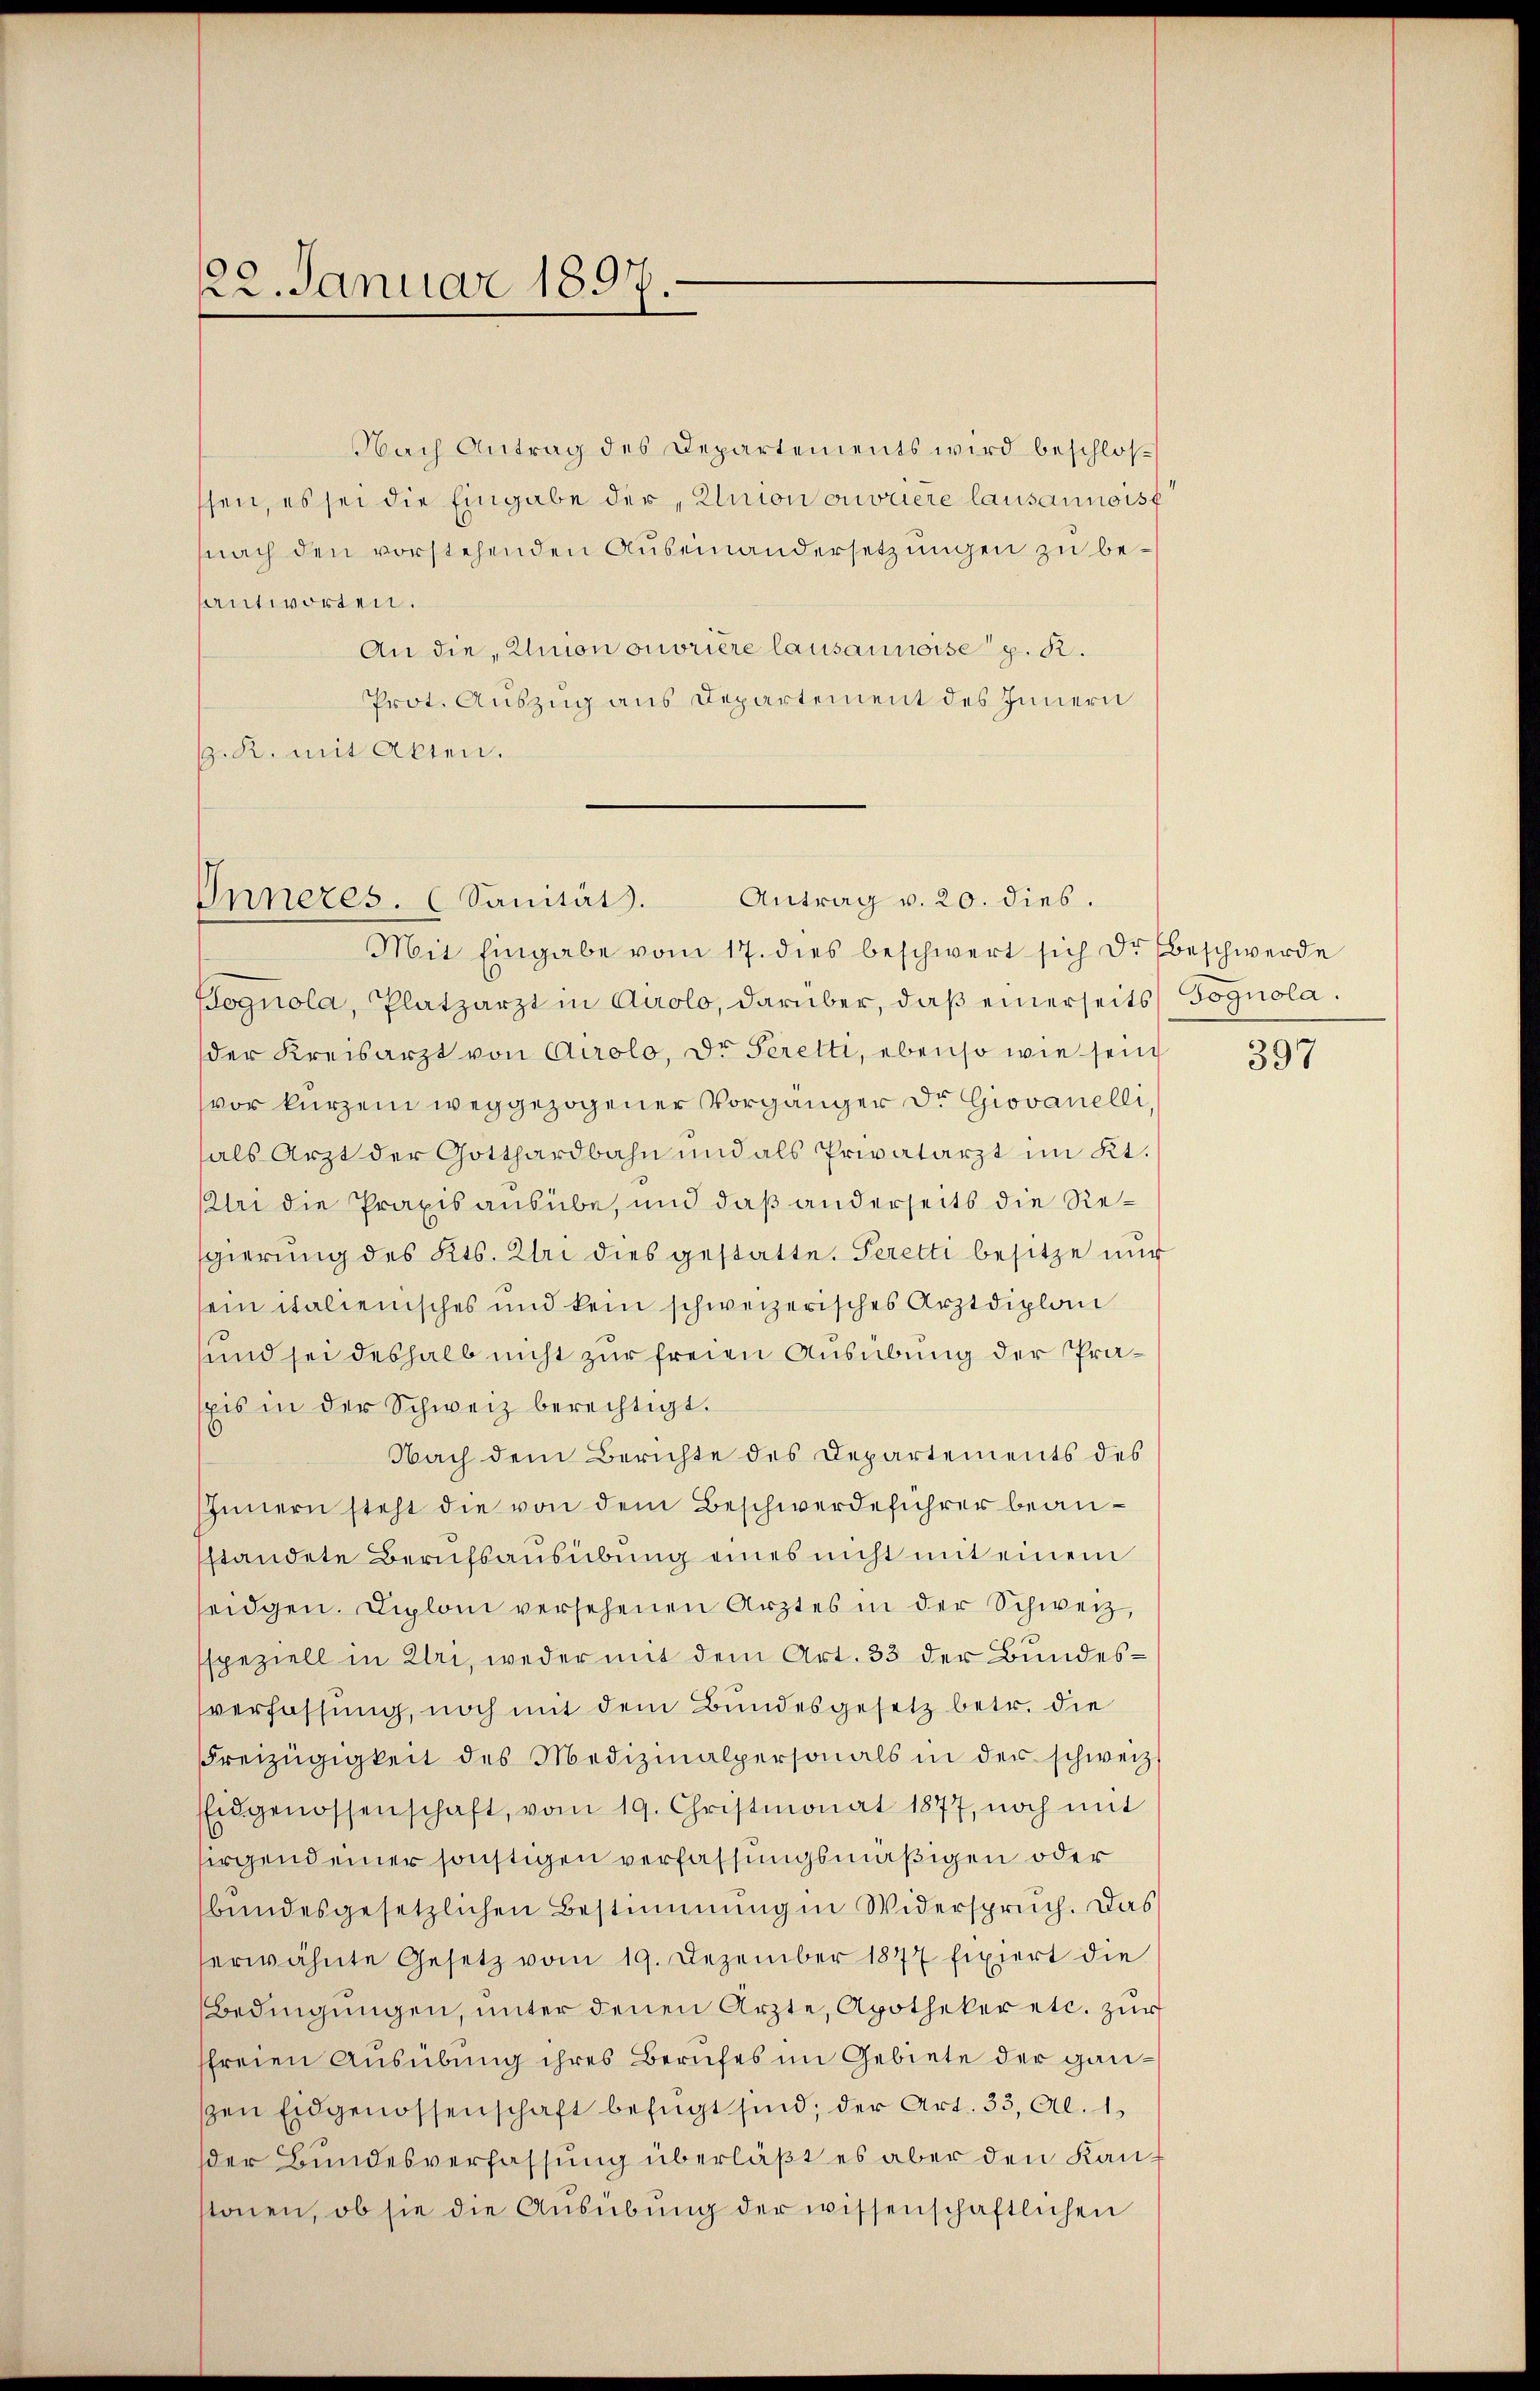
122. Januar 1897.

santworten.
An die Union ouvrière lausannoise p. K.
Prot. Auszug aus Departement des Innern
s. K. mit Akten.

Mit Eingabe vom 17. dies beschwert sich der beschwerde
Hognola, Platzarzt in Airolo, darüber, daß einerseits Fognola.
der Kreisarzt von Airolo, dr Seretti, ebenso wie sein
vor kurzem weggezogener Vorgänger Dr. Giovanelli,
als Arzt der Gotthardbahn und als Privatarzt im Kt.
Klei die Praxis ausübe, und daß anderseits die Regierung des Kts. Klei dies gestatte. Peretti besitze nur
sein italienisches und kein schweizerisches Arztdiplan
und sei deshalb nicht zur freien Ausübung der Präpis in der Schweiz berechtigt.
Nach dem Berichte des Departements des
Innern steht die von dem Beschwerdeführer beansstandete Berufsausübung eines nicht mit einem
seidgen. Diplomi versehenen Ärztes in der Schweiz,
sspeziell in Uri, weder mit dem Art. 33 der Bundesverfassung, noch mit dem Bundesgesetz betr. die
Freizügigkeit des Medizinalpersonals in der schweiz.
Eidgenossenschaft, vom 19. Christmonat 1877, noch mit
irgend einer sonstigen verfassungsmäßigen oder
bundesgesetzlichen Bestimmung in Widerspruch. Das
erwähnte Gesetz vom 19. Dezember 1877 fixiert die
Bedingŭngen, unter denen Ärzte, Apotheker etc. zur
sfreien Ausübung ihres Berufes im Gebiete der gansen Eidgenossenschaft befügt sind; der Art. 33, Al. 1
der Bundesverfassung überläßt es aber den Kanstonen, ob sie die Aŭsübŭng der wissenschaftlichen

Nach Antrag des Departements wird beschlosssen, es sei die Eingabe der Union ouvriere lausannoist
nach den vorstehenden Auseinandersetzungen zu be¬

Onneres. (Sanität. Antrag v. 20. dies.

397